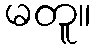
မတူ။